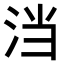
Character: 𭰎